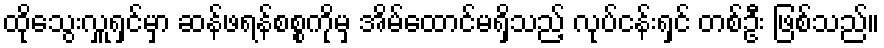
ထိုသွေးလှူရှင်မှာ ဆန်ဖရန်စစ္စကိုမှ အိမ်ထောင်မရှိသည့် လုပ်ငန်းရှင် တစ်ဦး ဖြစ်သည်။